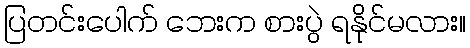
ပြတင်းပေါက် ဘေးက စားပွဲ ရနိုင်မလား။